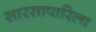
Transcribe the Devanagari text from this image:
सारसापारिला